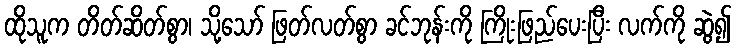
ထိုသူက တိတ်ဆိတ်စွာ၊ သို့သော် ဖြတ်လတ်စွာ ခင်ဘုန်းကို ကြိုးဖြည်ပေးပြီး လက်ကို ဆွဲ၍